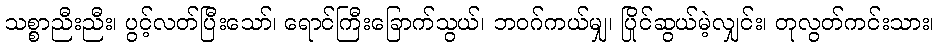
သစ္စာညီးညီး၊ ပွင့်လတ်ပြီးသော်၊ ရောင်ကြီးခြောက်သွယ်၊ ဘဝဂ်ကယ်မျှ၊ ပြိုင်ဆွယ်မဲ့လျှင်း၊ တုလွတ်ကင်းသား၊